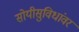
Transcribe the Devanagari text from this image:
सोयीसुविधांवर